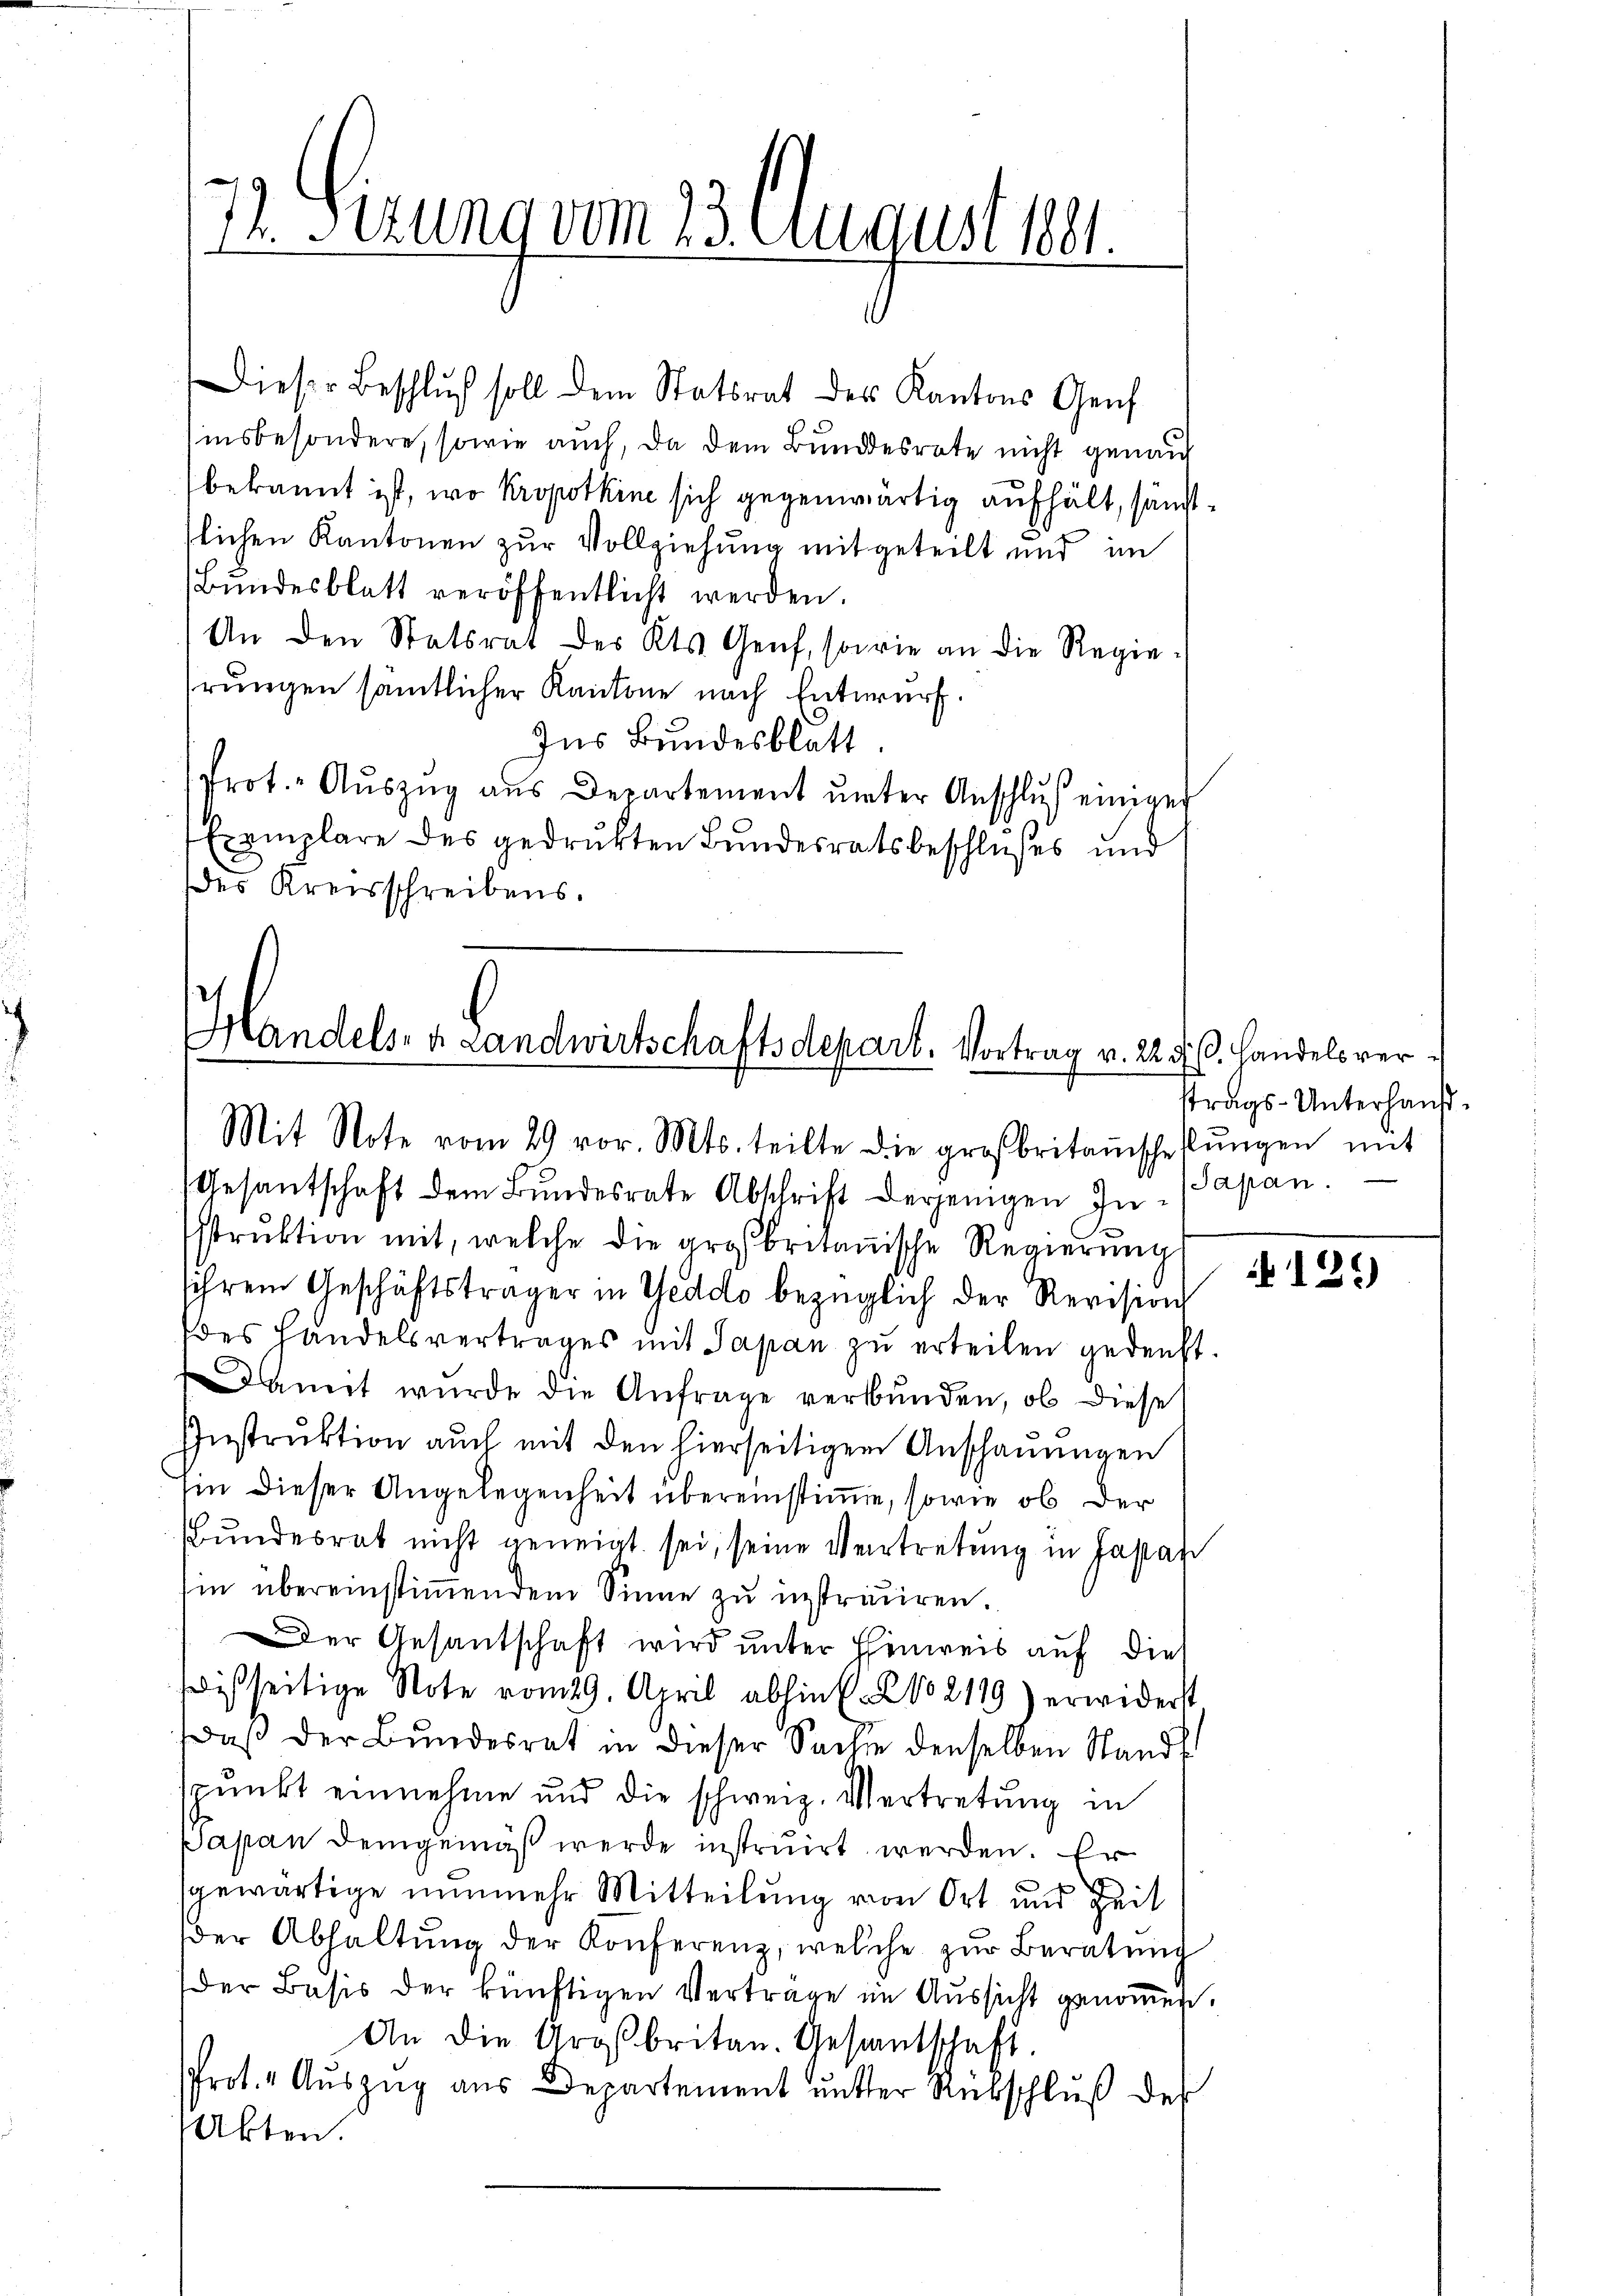
72. Sizung vom 23. August bet

Dieser Beschluß soll dem Statsrat des Kantons Genf
insbesondere, sowie auch, da dem Bundesrate nicht genau
bekannt ist, wo Kropotkine sich gegenwärtig aufhält, sonst
slichen Kantonen zur Vollziehung mitgeteilt und im
Bundesblatt veröffentlicht werden.
An den Statsrat des Kts. Genf, sowie an die Regiehrungen sämtlicher Kantone nach Entwurf.
Ins Bundesblatt.
Prot. Aŭszŭg aŭs Departement ŭnter Anschlŭβ einiger
Exemplare des gedruckten Bundesratsbeschlußes und
des Kreisschreibens.

Handels- & Landwirtschaftsdepart. Vortrag v. 22. d. Cl. Handels ver¬
Mit Note vom 29 vor. Mts. teilte die großbritanschaffŭngen mit

Gesantschaft dem Bundesrate Abschrift derjenigen In- Papan
Istrŭktion mit, welche die großbritanische Regierŭng
sihrem Geschäftsträger in Geddo bezüglich der Revision
des Handelsvertrages mit Papan zu erteilen gedenkt.
Damit wurde die Anfrage verbunden, ob diese
Instruktion auch mit den hierseitigen Anschauungen
sin dieser Angelegenheit übereinstime, sowie ob der
Bŭndesrat nicht geneigt sei, seine Vertretung in Fasan
in übereinstimmendem Sinne zu instrauren.
Der Gesantschaft wird unter Einweis auf dies
ißseitige Note vom 29. April abhin s. No 2119) erwiderst
Daß der Bundesrat in dieser Sache denselben Standt
spunkt einnehme und die schweiz. Vertretung in
Papan Demgemäß werde instruirt werden. Er
t
gewärtige nunmehr Mitteilung von Ort und Zeit
der Abhaltŭng der Konferenz, welche zŭr Beratŭng
Der Basis der künftigen Vertrage im Aussicht genommen.
An die Großbritan. Gesantschaft.
srot. " Aŭszŭg aŭs Departement ŭnter Rückschlŭβ des
Akten.

strags-Unterhaus¬

125)